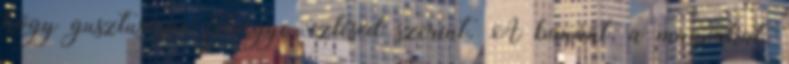
hogy gusztusosan felvegye, ízlésed szerint. A banánt, a magvakat,